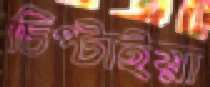
চিপ্‌টাইয়া